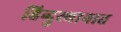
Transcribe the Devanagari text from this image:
हिन्दुस्थानात